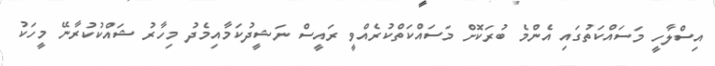
އިސްލާހީ މަސައްކަތުގައި އެންމެ ބުރަކޮށް މަސައްކަތްކުރެއްވީ ރައީސް ނަޝީދުކަމާއިމެދު މިހާރު ޝައްކުކުރާނޭ މީހަކު